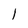
Character: 1